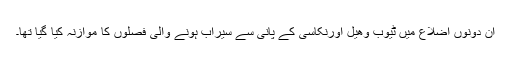
ان دونوں اضلاع میں ٹیوب وھیل اورنکاسی کے پانی سے سیراب ہونے والی فصلوں کا موازنہ کیا گیا تھا۔